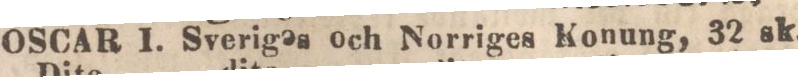
OSCAR I. Sveriges och Norriges Konung, 32 sk.